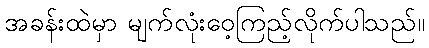
အခန်းထဲမှာ မျက်လုံးဝေ့ကြည့်လိုက်ပါသည်။